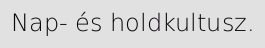
Nap- és holdkultusz.